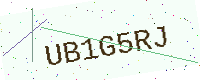
Text: UB1G5RJ